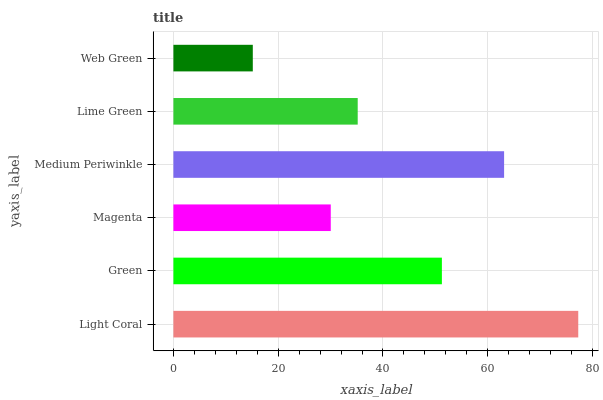
| yaxis_label | bars |
 | --- | --- |
 | Light Coral | 77.3 |
 | Green | 51.2 |
 | Magenta | 30 |
 | Medium Periwinkle | 63.1 |
 | Lime Green | 35.2 |
 | Web Green | 15.2 |